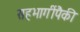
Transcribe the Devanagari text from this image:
सहभागींपैकी